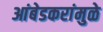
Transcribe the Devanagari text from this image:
आंबेडकरांमुळे